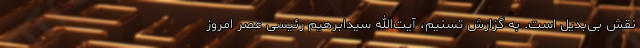
نقش بی‌بدیل است. به گزارش تسنیم، آیت‌الله سید‌ابرهیم رئیسی عصر امروز